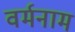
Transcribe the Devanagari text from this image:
वर्मनाम